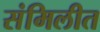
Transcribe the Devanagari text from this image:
संमिलीत